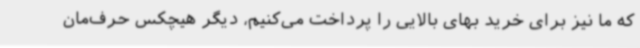
که ما نیز برای خرید بهای بالایی را پرداخت می‌کنیم، دیگر هیچکس حرف‌مان